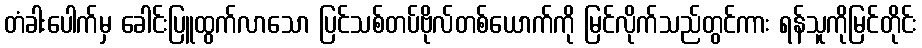
တံခါးပေါက်မှ ခေါင်းပြူထွက်လာသော ပြင်သစ်တပ်ဗိုလ်တစ်ယောက်ကို မြင်လိုက်သည်တွင်ကား ရန်သူကိုမြင်တိုင်း